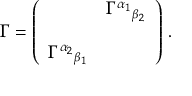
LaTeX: \Gamma = \left( \begin{array} { c c } { { } } & { { \Gamma ^ { \alpha _ { 1 } } { } _ { \beta _ { 2 } } } } \\ { { } } & { { } } \\ { { \Gamma ^ { \alpha _ { 2 } } { } _ { \beta _ { 1 } } } } & { { } } \end{array} \right) \, .